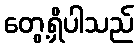
တွေ့ရှိပါသည်